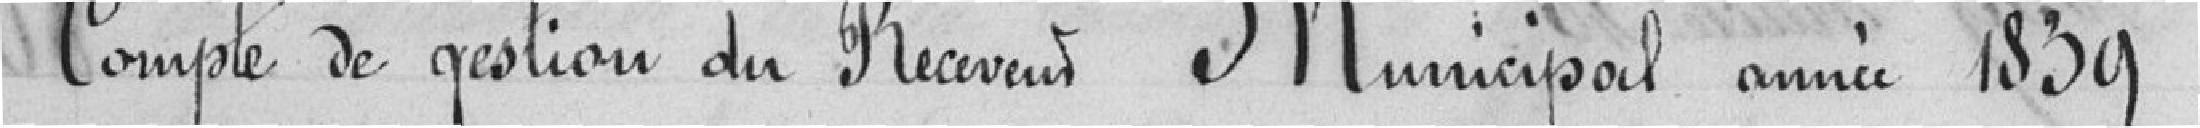
Compte de gestion du Receveur Municipal année 1839